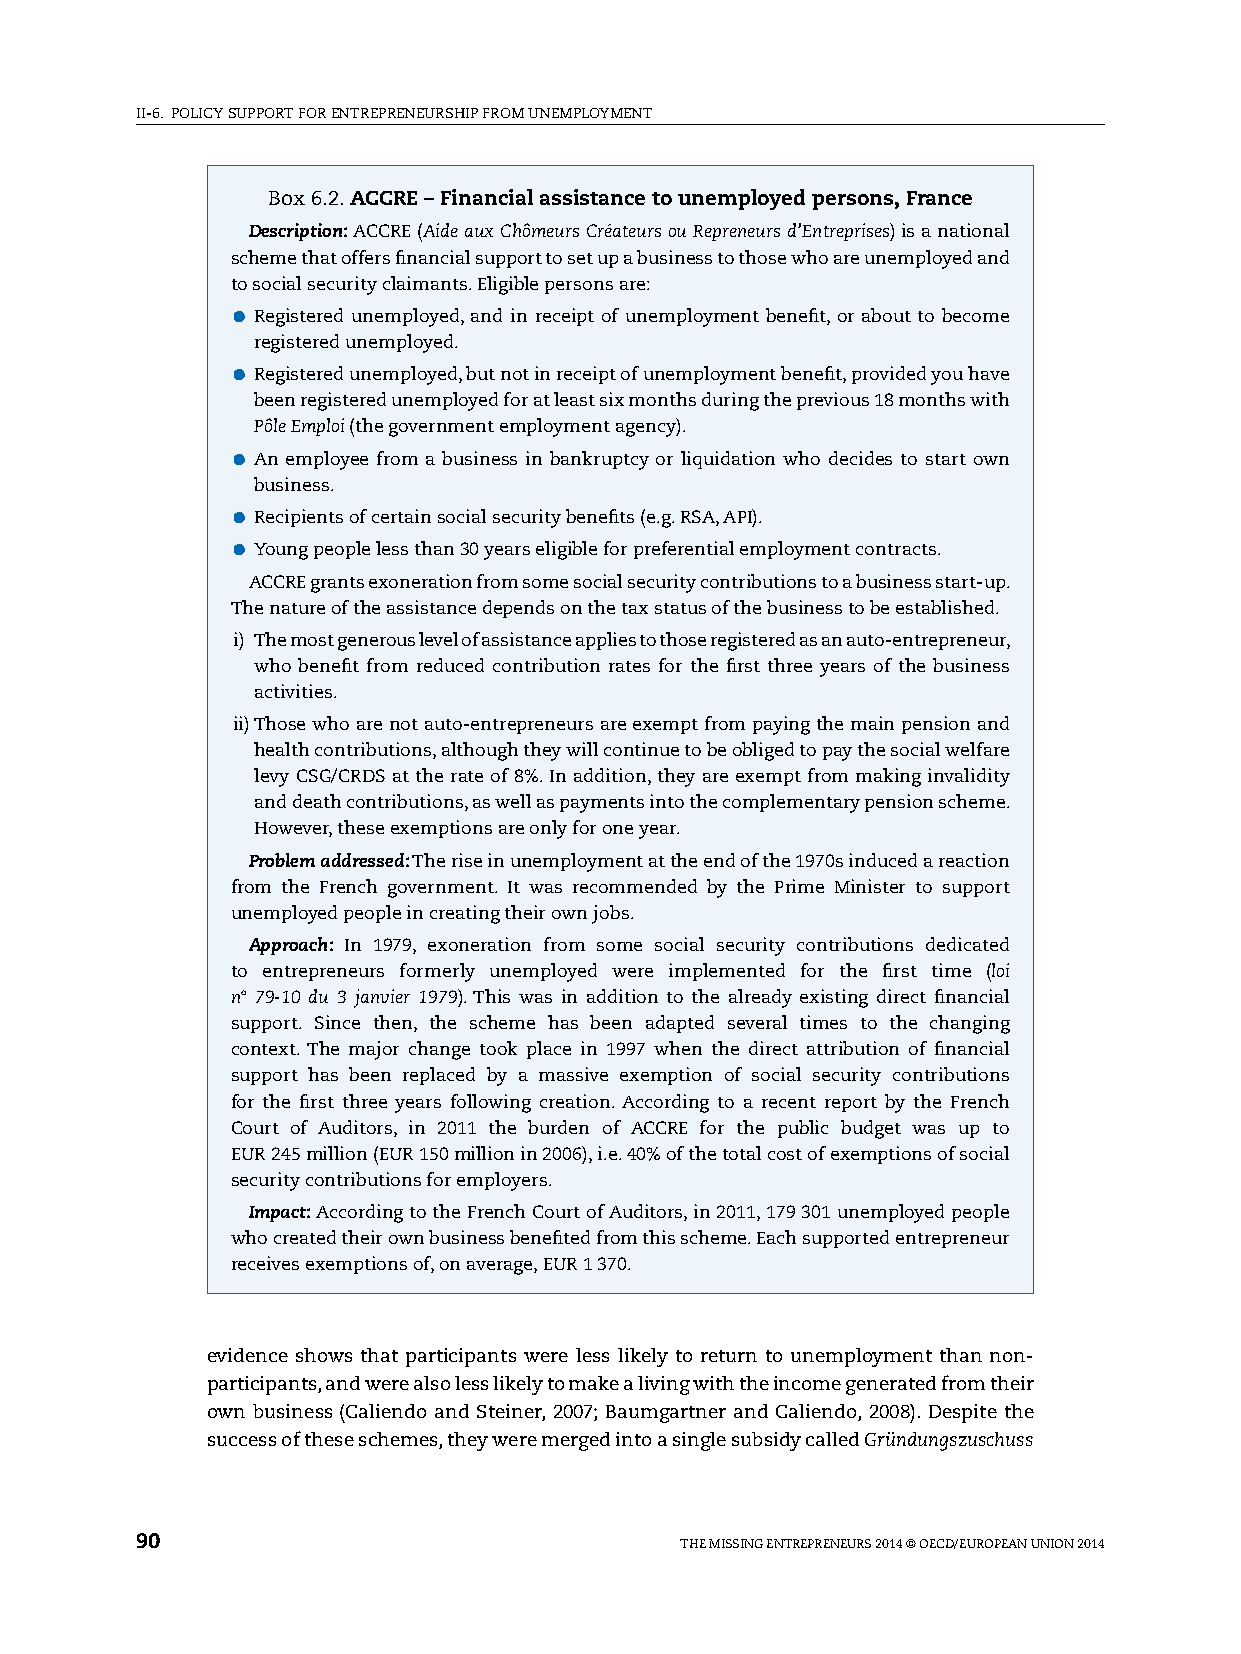
II-6. pOlICy sUppORT FOR ENTREpRENEURshIp FROM UNEMplOyMENT
 Box 6.2. ACCRE – Financial assistance to unemployed persons, France
 Description: ACCRE (Aide aux Chômeurs Créateurs ou Repreneurs d’Entreprises) is a national
 scheme that offers financial support to set up a business to those who are unemployed and
 to social security claimants. Eligible persons are:
 ●●Registered unemployed, and in receipt of unemployment benefit, or about to become
 registered unemployed.
 ●●Registered unemployed, but not in receipt of unemployment benefit, provided you have
 been registered unemployed for at least six months during the previous 18 months with
 Pôle Emploi (the government employment agency).
 ●●An employee from a business in bankruptcy or liquidation who decides to start own
 business.
 ●●Recipients of certain social security benefits (e.g. RsA, ApI).
 ●●young people less than 30 years eligible for preferential employment contracts.
 ACCRE grants exoneration from some social security contributions to a business start-up.
 The nature of the assistance depends on the tax status of the business to be established.
 i) T he most generous level of assistance applies to those registered as an auto-entrepreneur,
 who benefit from reduced contribution rates for the first three years of the business
 activities.
 ii) Those who are not auto-entrepreneurs are exempt from paying the main pension and
 health contributions, although they will continue to be obliged to pay the social welfare
 levy CsG/CRDs at the rate of 8%. In addition, they are exempt from making invalidity
 and death contributions, as well as payments into the complementary pension scheme.
 however, these exemptions are only for one year.
 Problem addressed: The rise in unemployment at the end of the 1970s induced a reaction
 from the French government. It was recommended by the prime Minister to support
 unemployed people in creating their own jobs.
 Approach: In 1979, exoneration from some social security contributions dedicated
 to entrepreneurs formerly unemployed were implemented for the first time (loi
 n° 79-10 du 3 janvier 1979). This was in addition to the already existing direct financial
 support. since then, the scheme has been adapted several times to the changing
 context. The major change took place in 1997 when the direct attribution of financial
 support has been replaced by a massive exemption of social security contributions
 for the first three years following creation. According to a recent report by the French
 Court of Auditors, in 2011 the burden of ACCRE for the public budget was up to
 EUR 245 million (EUR 150 million in 2006), i.e. 40% of the total cost of exemptions of social
 security contributions for employers.
 Impact: According to the French Court of Auditors, in 2011, 179 301 unemployed people
 who created their own business benefited from this scheme. Each supported entrepreneur
 receives exemptions of, on average, EUR 1 370.
 evidence shows that participants were less likely to return to unemployment than non-
 participants, and were also less likely to make a living with the income generated from their
 own business (Caliendo and steiner, 2007; Baumgartner and Caliendo, 2008). Despite the
 success of these schemes, they were merged into a single subsidy called Gründungszuschuss
 90                                  ThE MIssING ENTREpRENEURs 2014 © OECD/EUROpEAN UNION 2014